Civil Veterinary Dept. Bombay admin report 1893-99 - 1893-1899
Year: 1893
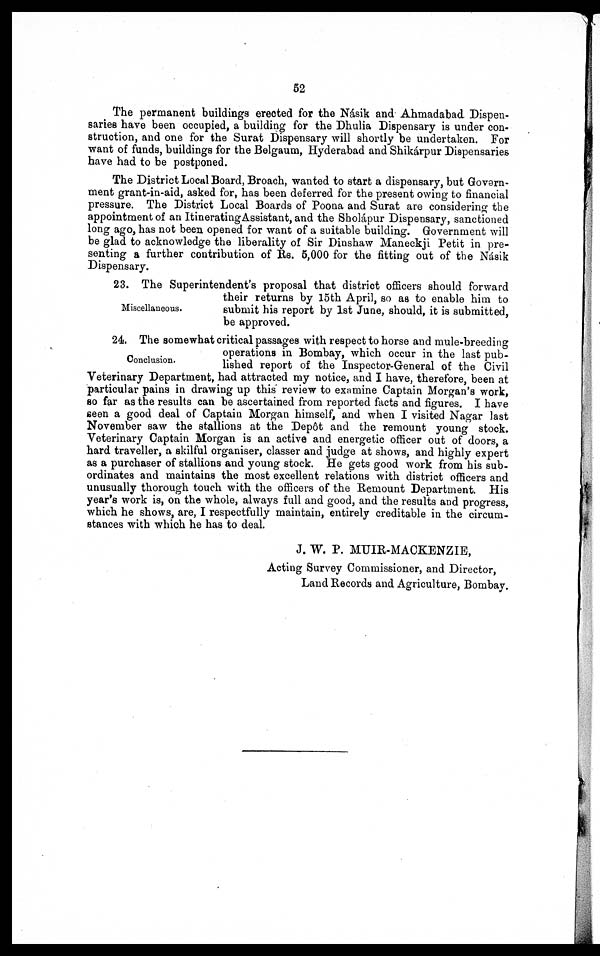
52
The permanent buildings erected for the Násik and Ahmadabad Dispen-
saries have been occupied, a building for the Dhulia Dispensary is under con-
struction, and one for the Surat Dispensary will shortly be undertaken. For
want of funds, buildings for the Belgaum, Hyderabad and Shikárpur Dispensaries
have had to be postponed.
The District Local Board, Broach, wanted to start a dispensary, but Govern-
ment grant-in-aid, asked for, has been deferred for the present owing to financial
pressure. The District Local Boards of Poona and Surat are considering the
appointment of an Itinerating Assistant, and the Sholápur Dispensary, sanctioned
long ago, has not been opened for want of a suitable building. Government will
be glad to acknowledge the liberality of Sir Dinshaw Maneckji Petit in pre-
senting a further contribution of Rs. 5,000 for the fitting out of the Násik
Dispensary.
Miscellaneous.
23. The Superintendent's proposal that district officers should forward
their returns by 15th April, so as to enable him to
submit his report by 1st June, should, it is submitted,
be approved.
Conclusion.
24. The somewhat critical passages with respect to horse and mule-breeding
operations in Bombay, which occur in the last pub-
lished report of the Inspector-General of the Civil
Veterinary Department, had attracted my notice, and I have, therefore, been at
particular pains in drawing up this review to examine Captain Morgan's work,
so far as the results can be ascertained from reported facts and figures. I have
seen a good deal of Captain Morgan himself, and when I visited Nagar last
November saw the stallions at the Depôt and the remount young stock.
Veterinary Captain Morgan is an active and energetic officer out of doors, a
hard traveller, a skilful organiser, classer and judge at shows, and highly expert
as a purchaser of stallions and young stock. He gets good work from his sub-
ordinates and maintains the most excellent relations with district officers and
unusually thorough touch with the officers of the Remount Department. His
year's work is, on the whole, always full and good, and the results and progress,
which he shows, are, I respectfully maintain, entirely creditable in the circum-
stances with which he has to deal.
J. W. P. MUIR-MACKENZIE,
Acting Survey Commissioner, and Director,
Land Records and Agriculture, Bombay.